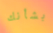
بشأنك